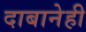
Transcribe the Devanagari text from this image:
दाबानेही